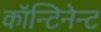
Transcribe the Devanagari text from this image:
कॉन्टिनेन्ट